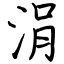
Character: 涓